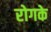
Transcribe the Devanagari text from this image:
रोगके